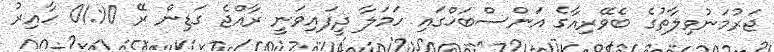
ޖަރުމަނުވިލާތުގެ ބެވޭރިއާގެ އަންސްބަޚްގައި ހަމަލާ ދީފައިވަނީ ރާއްޖެ ގަަޑިން ރޭ 01:10 ހާއިރު